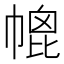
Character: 㡙